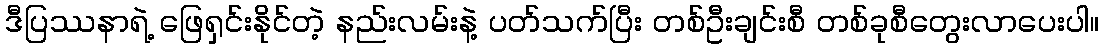
ဒီပြဿနာရဲ့ ဖြေရှင်းနိုင်တဲ့ နည်းလမ်းနဲ့ ပတ်သက်ပြီး တစ်ဦးချင်းစီ တစ်ခုစီတွေးလာပေးပါ။